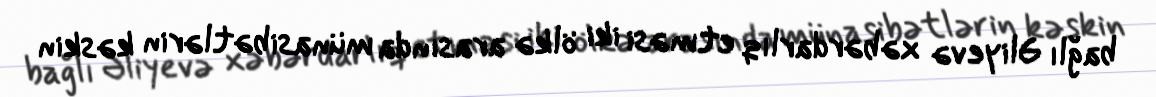
bağlı Əliyevə xəbərdarlıq etməsi iki ölkə arasında münasibətlərin kəskin